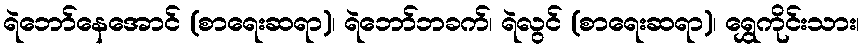
ရဲဘော်နေအောင် (စာရေးဆရာ)၊ ရဲဘော်ဘခက်၊ ရဲလွင် (စာရေးဆရာ)၊ ရွှေကိုင်းသား၊